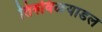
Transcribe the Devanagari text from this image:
तिरुविळयाडल